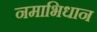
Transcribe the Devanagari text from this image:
नमाभिधान